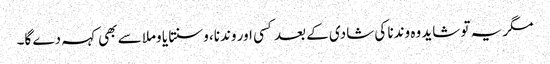
مگر یہ تو شاید وہ وندنا کی شادی کے بعد کسی اور وندنا، وسنتا یا وملا سے بھی کہہ دے گا۔